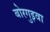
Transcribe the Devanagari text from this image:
बोरगुइवा